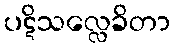
ပဋိသလ္လေခိတာ